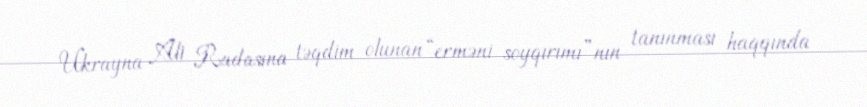
Ukrayna Ali Radasına təqdim olunan “erməni soyqırımı”nın tanınması haqqında